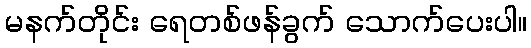
မနက်တိုင်း ရေတစ်ဖန်ခွက် သောက်ပေးပါ။